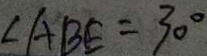
\angle A B E = 3 0 ^ { \circ }